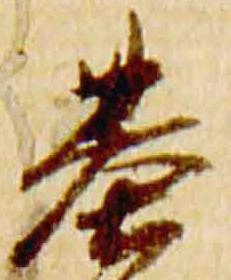
基